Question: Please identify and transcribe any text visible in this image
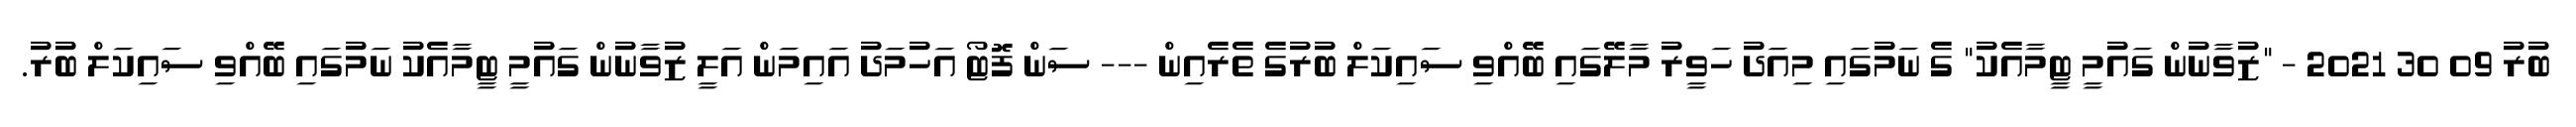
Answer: ބުރު 09 30 2021 - "ޒުވާނުން ގައުމީ ޓީމާއެކު" ގެ ނަމުގައި މިއަދު ހަވީރު މާލޭގައި ބޭއްވި ސައިކަލް ބުރުގެ ތެރެއިން --- ސަން ފޮޓޯ އަހުމަދު އައިމަން އަލީ ޒުވާނުން ގައުމީ ޓީމާއެކު ނަމުގައި ބޭއްވި ސައިކަލް ބުރު.